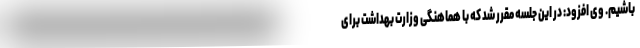
باشیم. وی افزود: در این جلسه مقرر شد که با هماهنگی وزارت بهداشت برای